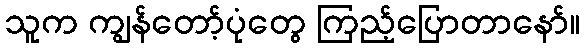
သူက ကျွန်တော့်ပုံတွေ ကြည့်ပြောတာနော်။